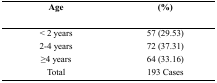
<table><thead><tr><td><b>Age</b></td><td><b>(%)</b></td></tr></thead><tbody><tr><td>&lt; 2 years</td><td>57 (29.53)</td></tr><tr><td>2–4 years</td><td>72 (37.31)</td></tr><tr><td>≥4 years</td><td>64 (33.16)</td></tr><tr><td>Total</td><td>193 Cases</td></tr></tbody></table>